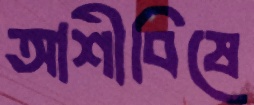
আশীবিষে